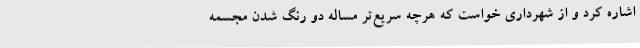
اشاره کرد و از شهرداری خواست که هرچه سریع‌تر مساله دو رنگ شدن مجسمه